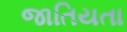
જાતિયતા